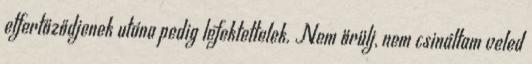
elfertőződjenek utána pedig lefektettelek. Nem örülj, nem csináltam veled